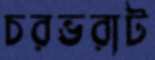
চরভরাট